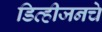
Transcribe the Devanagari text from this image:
डिव्हीजनचे